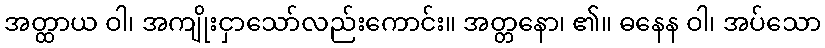
အတ္ထာယ ဝါ၊ အကျိုးငှာသော်လည်းကောင်း။ အတ္တနော၊ ၏။ ဓနေန ဝါ၊ အပ်သော